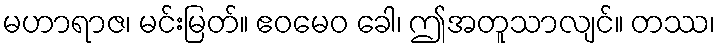
မဟာရာဇ၊ မင်းမြတ်။ ဧဝမေဝ ခေါ၊ ဤအတူသာလျင်။ တဿ၊